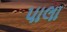
પાલા